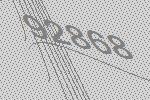
92868